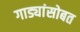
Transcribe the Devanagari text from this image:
गाड्यांसोबत